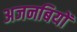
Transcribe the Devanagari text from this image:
अजनबियों